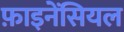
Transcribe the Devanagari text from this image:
फ़ाइनेंसियल